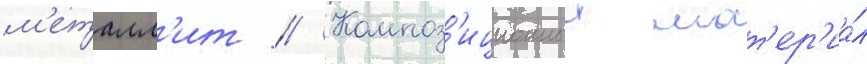
м'еталл'ит // Композ'иционныи мат'ер'иа́л